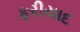
ફરીયાદ